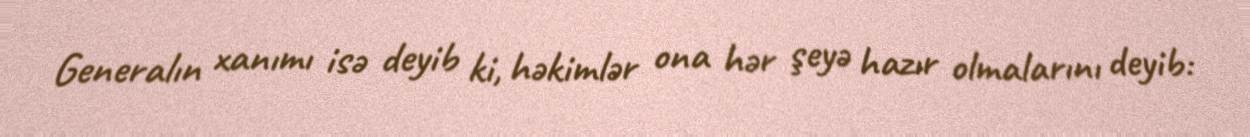
Generalın xanımı isə deyib ki, həkimlər ona hər şeyə hazır olmalarını deyib: